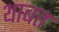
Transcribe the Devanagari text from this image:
थाबत